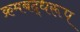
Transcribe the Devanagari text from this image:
क्रमबद्धरूप